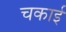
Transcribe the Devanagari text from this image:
चकाई